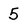
Character: 5